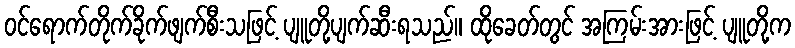
ဝင်ရောက်တိုက်ခိုက်ဖျက်စီးသဖြင့် ပျူတို့ပျက်ဆီးရသည်။ ထိုခေတ်တွင် အကြမ်းအားဖြင့် ပျူတို့က